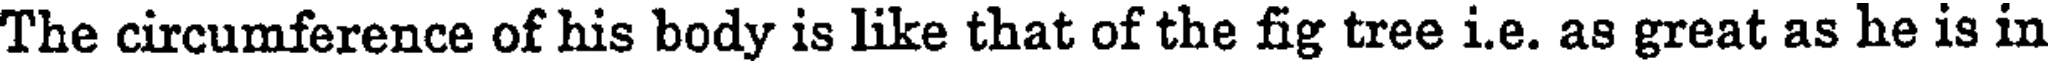
The circumference of his body is like that of the fig tree i.e. as great as he is in